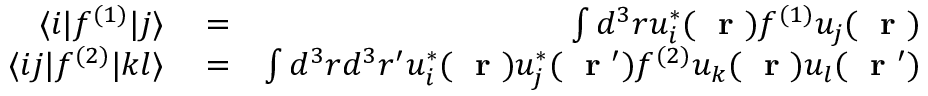
\begin{array} { r l r } { \langle i | f ^ { ( 1 ) } | j \rangle } & { { } = } & { \int d ^ { 3 } r u _ { i } ^ { * } ( \mathrm { ~ \bf ~ r ~ } ) f ^ { ( 1 ) } u _ { j } ( \mathrm { ~ \bf ~ r ~ } ) } \\ { \langle i j | f ^ { ( 2 ) } | k l \rangle } & { { } = } & { \int d ^ { 3 } r d ^ { 3 } r ^ { \prime } u _ { i } ^ { * } ( \mathrm { ~ \bf ~ r ~ } ) u _ { j } ^ { * } ( \mathrm { ~ \bf ~ r ~ } ^ { \prime } ) f ^ { ( 2 ) } u _ { k } ( \mathrm { ~ \bf ~ r ~ } ) u _ { l } ( \mathrm { ~ \bf ~ r ~ } ^ { \prime } ) } \end{array}